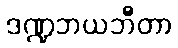
ဒဏ္ဍဘယဘီတာ